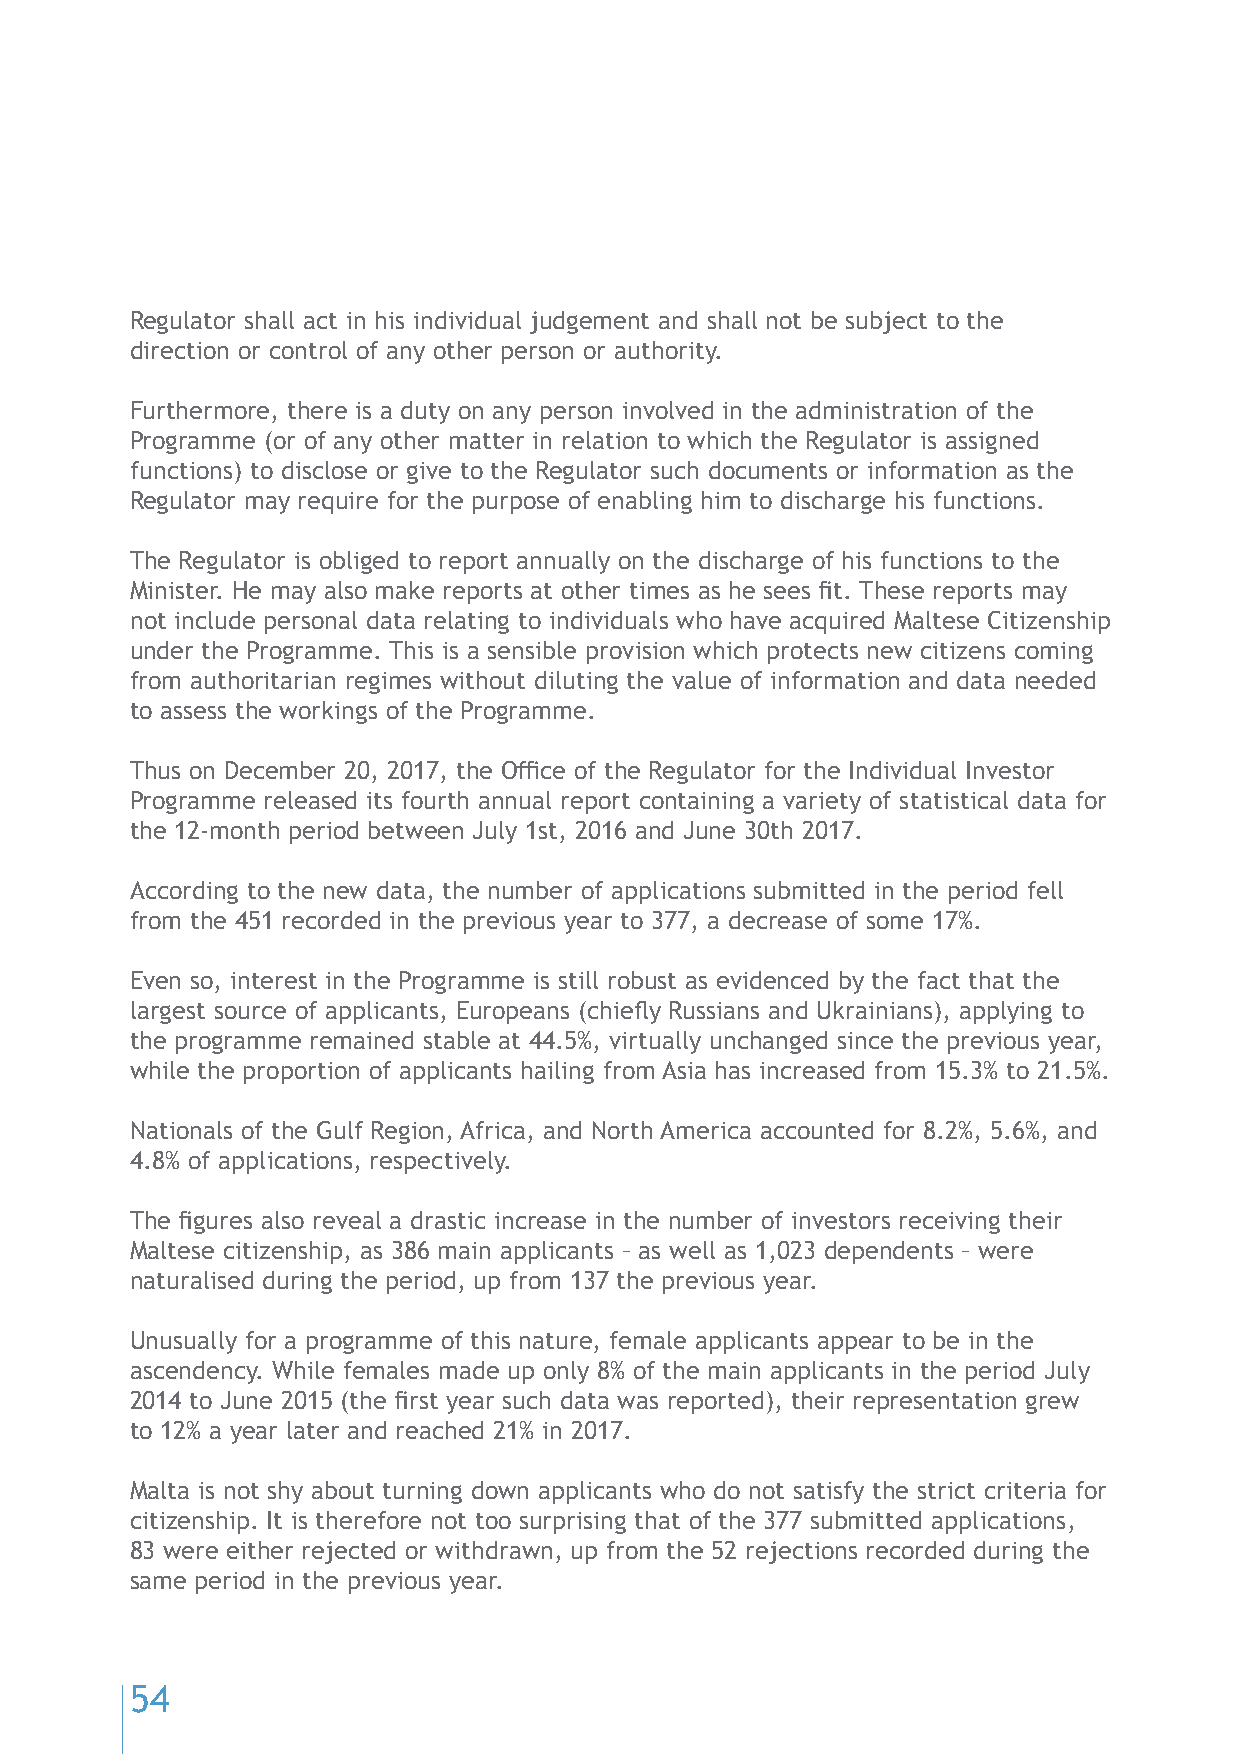
Regulator shall act in his individual judgement and shall not be subject to the
 direction or control of any other person or authority.
 Furthermore, there is a duty on any person involved in the administration of the
 Programme (or of any other matter in relation to which the Regulator is assigned
 functions) to disclose or give to the Regulator such documents or information as the
 Regulator may require for the purpose of enabling him to discharge his functions.
 The Regulator is obliged to report annually on the discharge of his functions to the
 Minister. He may also make reports at other times as he sees fit. These reports may
 not include personal data relating to individuals who have acquired Maltese Citizenship
 under the Programme. This is a sensible provision which protects new citizens coming
 from authoritarian regimes without diluting the value of information and data needed
 to assess the workings of the Programme.
 Thus on December 20, 2017, the Office of the Regulator for the Individual Investor
 Programme released its fourth annual report containing a variety of statistical data for
 the 12-month period between July 1st, 2016 and June 30th 2017.
 According to the new data, the number of applications submitted in the period fell
 from the 451 recorded in the previous year to 377, a decrease of some 17%.
 Even so, interest in the Programme is still robust as evidenced by the fact that the
 largest source of applicants, Europeans (chiefly Russians and Ukrainians), applying to
 the programme remained stable at 44.5%, virtually unchanged since the previous year,
 while the proportion of applicants hailing from Asia has increased from 15.3% to 21.5%.
 Nationals of the Gulf Region, Africa, and North America accounted for 8.2%, 5.6%, and
 4.8% of applications, respectively.
 The figures also reveal a drastic increase in the number of investors receiving their
 Maltese citizenship, as 386 main applicants – as well as 1,023 dependents – were
 naturalised during the period, up from 137 the previous year.
 Unusually for a programme of this nature, female applicants appear to be in the
 ascendency. While females made up only 8% of the main applicants in the period July
 2014 to June 2015 (the first year such data was reported), their representation grew
 to 12% a year later and reached 21% in 2017.
 Malta is not shy about turning down applicants who do not satisfy the strict criteria for
 citizenship. It is therefore not too surprising that of the 377 submitted applications,
 83 were either rejected or withdrawn, up from the 52 rejections recorded during the
 same period in the previous year.
 54